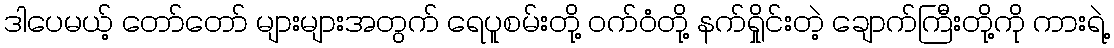
ဒါပေမယ့် တော်တော် များများအတွက် ရေပူစမ်းတို့ ဝက်ဝံတို့ နက်ရှိုင်းတဲ့ ချောက်ကြီးတို့ကို ကားရဲ့